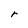
Character: r